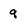
Character: 9